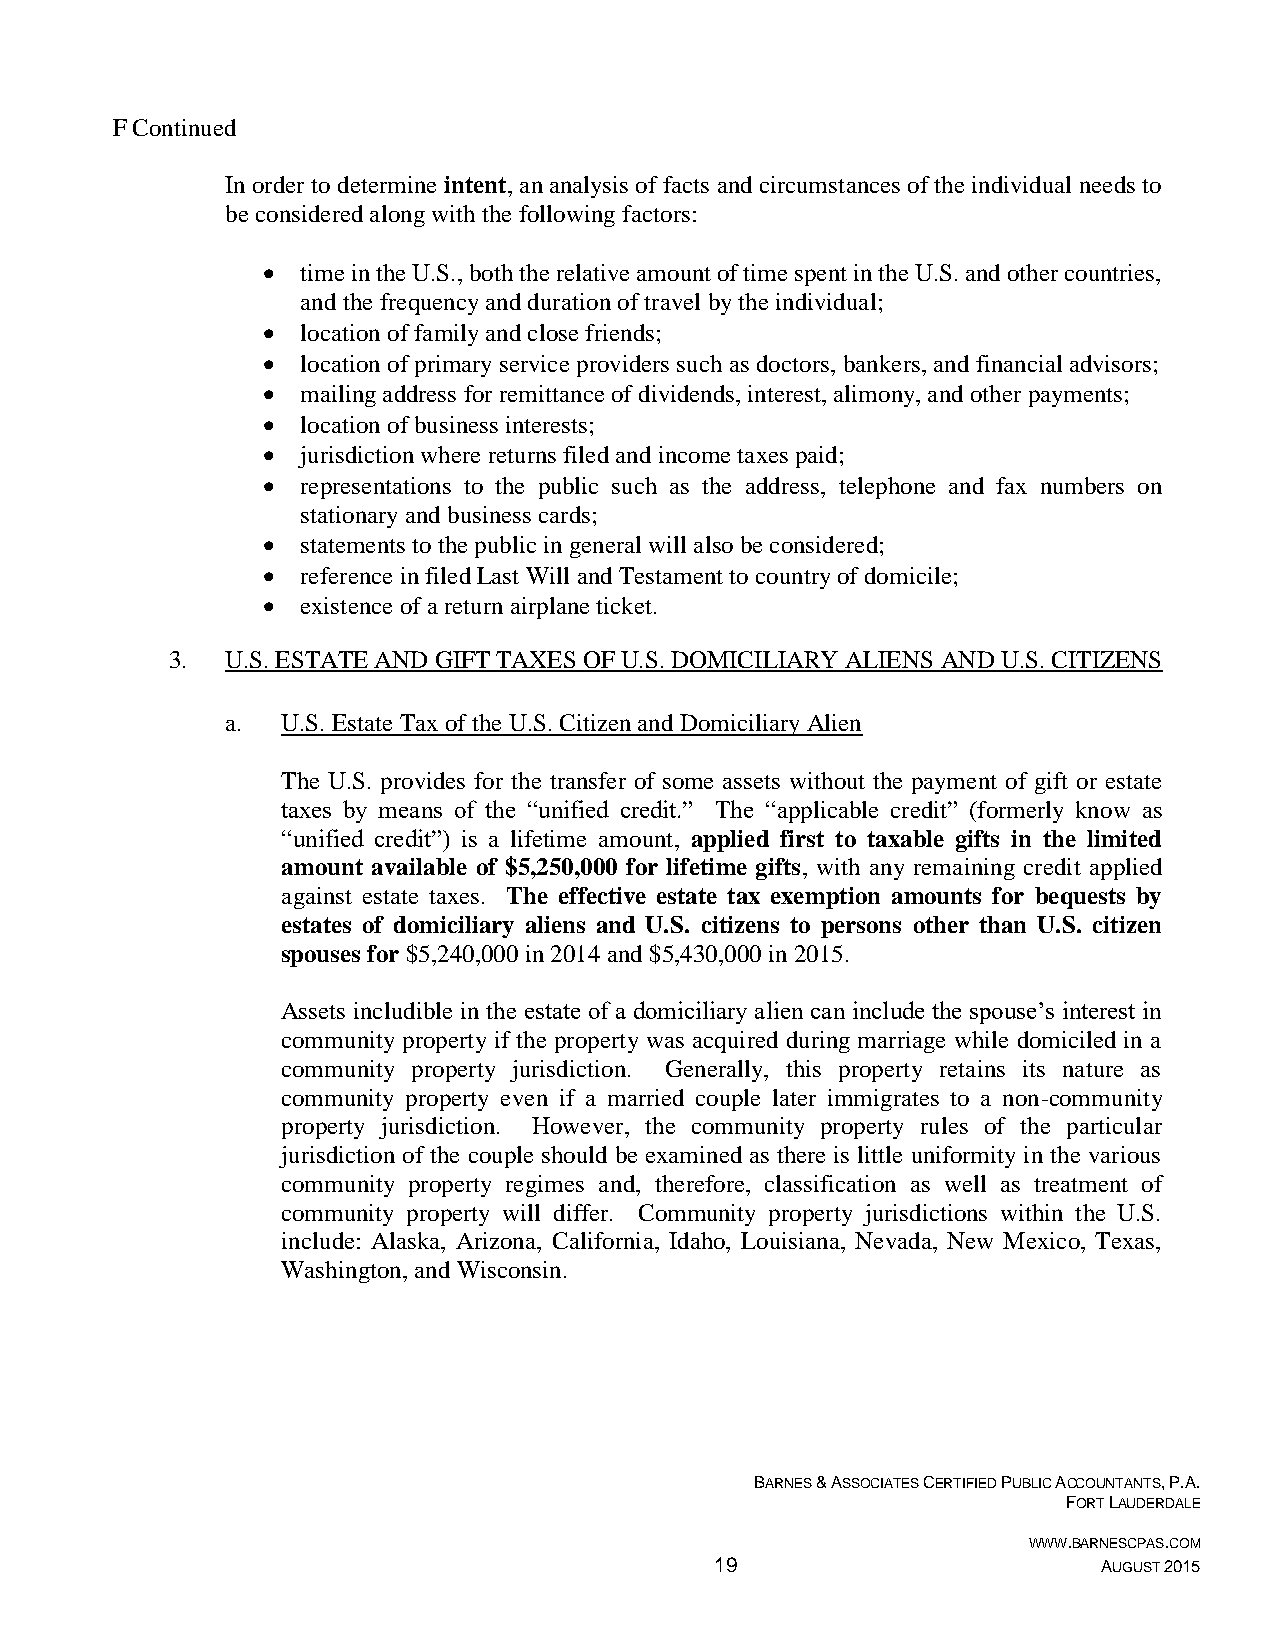
F Continued
 In order to determine intent, an analysis of facts and circumstances of the individual needs to
 be considered along with the following factors:
   time in the U.S., both the relative amount of time spent in the U.S. and other countries,
 and the frequency and duration of travel by the individual;
   location of family and close friends;
   location of primary service providers such as doctors, bankers, and financial advisors;
   mailing address for remittance of dividends, interest, alimony, and other payments;
   location of business interests;
   jurisdiction where returns filed and income taxes paid;
   representations to the public such as the address, telephone and fax numbers on
 stationary and business cards;
   statements to the public in general will also be considered;
   reference in filed Last Will and Testament to country of domicile;
   existence of a return airplane ticket.
 3.  U.S. ESTATE AND GIFT TAXES OF U.S. DOMICILIARY ALIENS AND U.S. CITIZENS
 a.  U.S. Estate Tax of the U.S. Citizen and Domiciliary Alien
 The U.S. provides for the transfer of some assets without the payment of gift or estate
 taxes by means of the “unified credit.” The “applicable credit” (formerly know as
 “unified credit”) is a lifetime amount, applied first to taxable gifts in the limited
 amount available of $5,250,000 for lifetime gifts, with any remaining credit applied
 against estate taxes. The effective estate tax exemption amounts for bequests by
 estates of domiciliary aliens and U.S. citizens to persons other than U.S. citizen
 spouses for $5,240,000 in 2014 and $5,430,000 in 2015.
 Assets includible in the estate of a domiciliary alien can include the spouse’s interest in
 community property if the property was acquired during marriage while domiciled in a
 community property jurisdiction. Generally, this property retains its nature as
 community property even if a married couple later immigrates to a non-community
 property jurisdiction. However, the community property rules of the particular
 jurisdiction of the couple should be examined as there is little uniformity in the various
 community property regimes and, therefore, classification as well as treatment of
 community property will differ. Community property jurisdictions within the U.S.
 include: Alaska, Arizona, California, Idaho, Louisiana, Nevada, New Mexico, Texas,
 Washington, and Wisconsin.
 BARNES & ASSOCIATES CERTIFIED PUBLIC ACCOUNTANTS, P.A.
 FORT LAUDERDALE
 WWW.BARNESCPAS.COM
 19                        AUGUST 2015